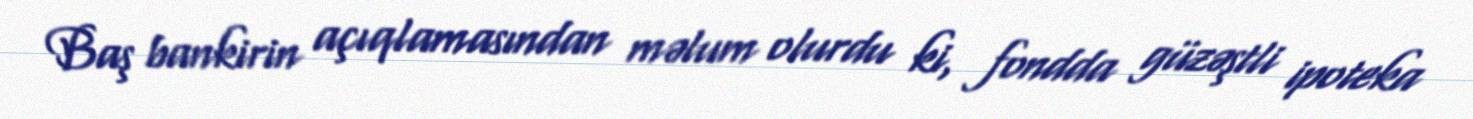
Baş bankirin açıqlamasından məlum olurdu ki, fondda güzəştli ipoteka